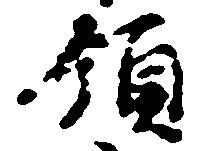
領